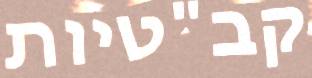
קב"טיות